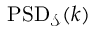
\mathrm { P S D } _ { \mathcal { S } } ( k )